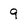
Character: 9